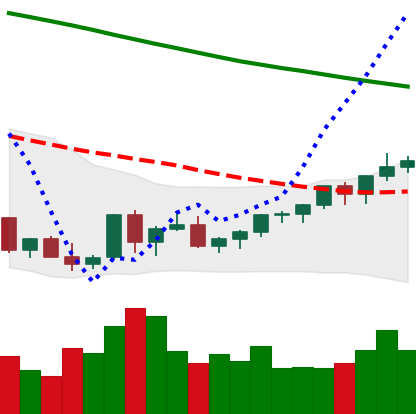
Ticker: XLM-USD
Chart end date: 2022-03-23
Forward return: 10.002%
Label: up_7plus